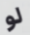
لو